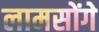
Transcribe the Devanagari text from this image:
लामसोंगे